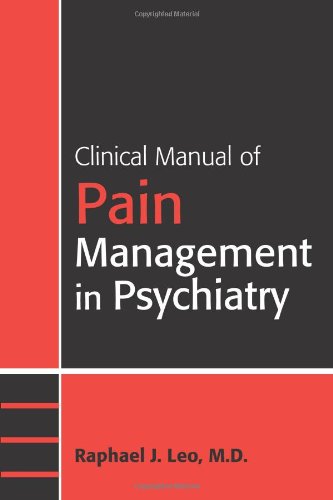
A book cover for Clinical Manual of Pain Management in Psychiatry (Concise Guides); Raphael J. Leo; Health, Fitness & Dieting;